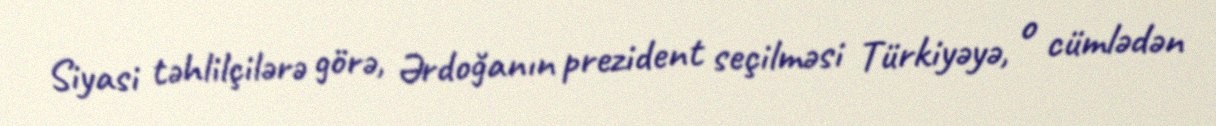
Siyasi təhlilçilərə görə, Ərdoğanın prezident seçilməsi Türkiyəyə, o cümlədən